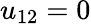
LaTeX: u_{12}=0